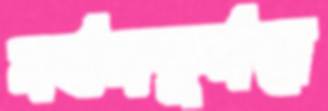
নর্তনকুর্দনে